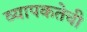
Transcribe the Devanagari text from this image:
व्यापकतेची